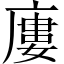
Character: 廔